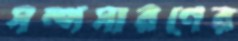
সম্পসারণের